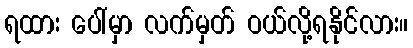
ရထား ပေါ်မှာ လက်မှတ် ဝယ်လို့ရနိုင်လား။